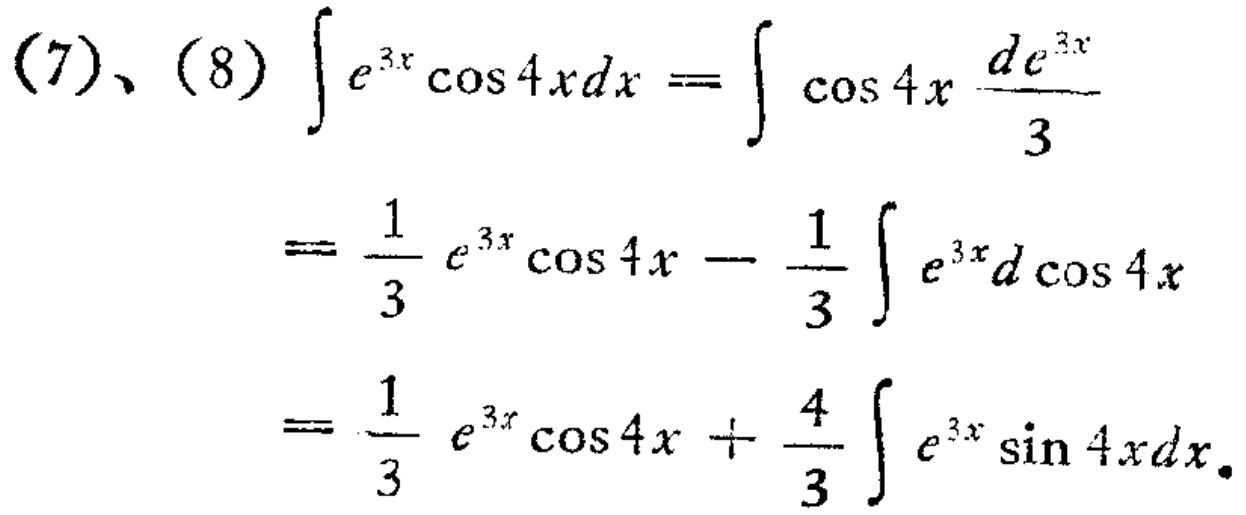
\begin{align*}

(7)、(8)\int e^{3x}\cos 4x dx&=\int \cos 4x\frac{de^{3x}}{3}\\

&=\frac{1}{3}e^{3x}\cos 4x - \frac{1}{3}\int e^{3x}d\cos 4x\\

&=\frac{1}{3}e^{3x}\cos 4x + \frac{4}{3}\int e^{3x}\sin 4x dx.

\end{align*}